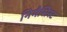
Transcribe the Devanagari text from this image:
निमैसिस्ट